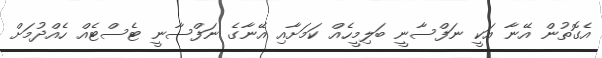
އެގޮތުން އޭނާ އަކީ ނަފްސާނީ ބަލިމީހެއް ކަމަށާއި އޭނާގެ ނަފްސާނީ ޓެސްޓެއް ހެއްދުމަށް